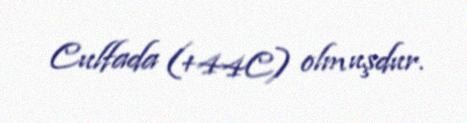
Culfada (+44C) olmuşdur.